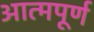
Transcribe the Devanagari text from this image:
आत्मपूर्ण